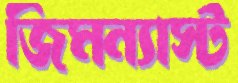
জিমন্যাস্ট